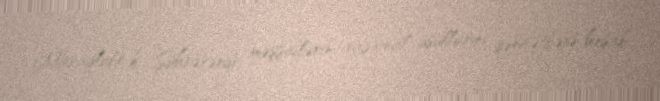
Maraqlıdır ki, Sührəvərdi məşşailərin rasional üsullarını qənaətbəxş hesab